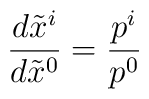
\frac{d\tilde{x}^i}{d\tilde{x}^0}=\frac{p^i}{p^0}